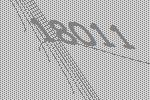
18011